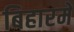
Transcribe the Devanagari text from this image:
बिहारमें